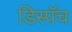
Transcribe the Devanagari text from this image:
डिस्पॅच